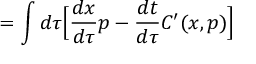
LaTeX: = \int d \tau { \Big [ } { \frac { d x } { d \tau } } p - { \frac { d t } { d \tau } } C ^ { \prime } ( x , p ) { \Big ] }